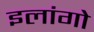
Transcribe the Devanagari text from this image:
इलांगो